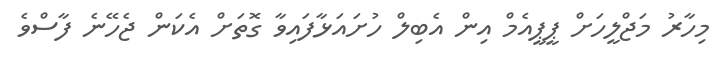
މިހާރު މަޖްލީހަށް ޕީޕީއެމް އިން އެބިލް ހުށައަޅާފައިވާ ގޮތަށް އެކަން ޖެހޭނެ ފާސްވެ